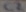
Text: C2